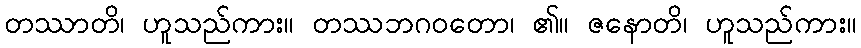
တဿာတိ၊ ဟူသည်ကား။ တဿဘဂဝတော၊ ၏။ ဇနောတိ၊ ဟူသည်ကား။